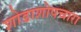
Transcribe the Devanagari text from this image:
शोडाशोपचारा